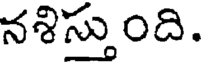
నశిస్తుంది.